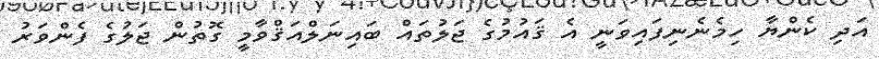
އަދި ކެންޔާ ހިމެނެނިފައިވަނީ އެ ޤައުމުގެ ޖަލުތައް ބައިނަލްއަޤްވާމީ ގޮތުން ޖަލުގެ ފެންވަރު